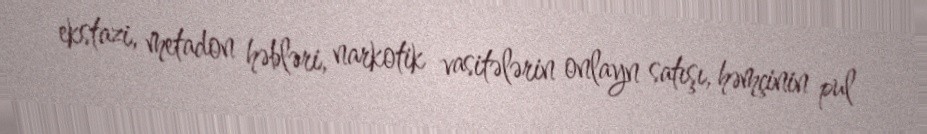
ekstazi, metadon həbləri, narkotik vasitələrin onlayn satışı, həmçinin pul